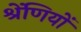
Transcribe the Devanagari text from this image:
श्रेंणियों